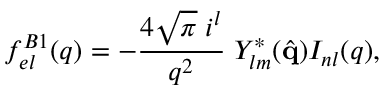
f _ { e l } ^ { B 1 } ( q ) = - \frac { 4 \sqrt { \pi } \; i ^ { l } } { q ^ { 2 } } \; Y _ { l m } ^ { * } ( \hat { \mathbf { q } } ) { \cal I } _ { n l } ( q ) ,